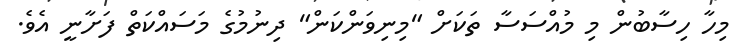
މިހާ ހިސާބުން މި މުއްސަސާ ތަކަށް "މިނިވަންކަން" ދިނުމުގެ މަސައްކަތް ފަށާނީ އެވެ.